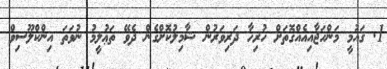
1. ޤައުމީ މަންހަޖާއިއެއްގޮތަށް ހުރިހާ ދަރިވަރުން ޝާމިލުކޮށްގެން ދެވޭ ތަޢުލީމު ނުވަތަ އިންކްލޫސިވް